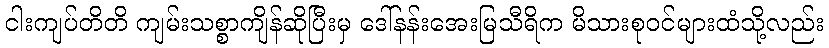
ငါးကျပ်တိတိ ကျမ်းသစ္စာကျိန်ဆိုပြီးမှ ဒေါ်နန်းအေးမြသီရိက မိသားစုဝင်များထံသို့လည်း